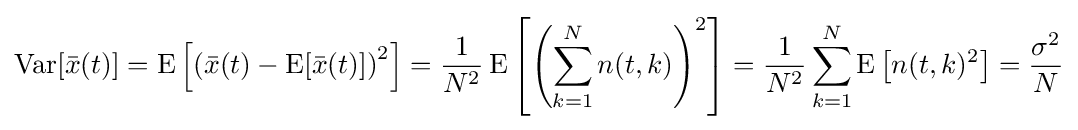
\operatorname {Var} [{\bar {x}}(t)]=\operatorname {E} \left[\left({\bar {x}}(t)-\operatorname {E} [{\bar {x}}(t)]\right)^{2}\right]={\frac {1}{N^{2}}}\operatorname {E} \left[\left(\sum _{k=1}^{N}n(t,k)\right)^{2}\right]={\frac {1}{N^{2}}}\sum _{k=1}^{N}\operatorname {E} \left[n(t,k)^{2}\right]={\frac {\sigma ^{2}}{N}}